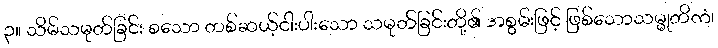
၃။ သိမ်သမုတ်ခြင်း စသော တစ်ဆယ့်ငါးပါးသော သမုတ်ခြင်းတို့၏ အစွမ်းဖြင့် ဖြစ်သောသမ္မုတိကံ၊